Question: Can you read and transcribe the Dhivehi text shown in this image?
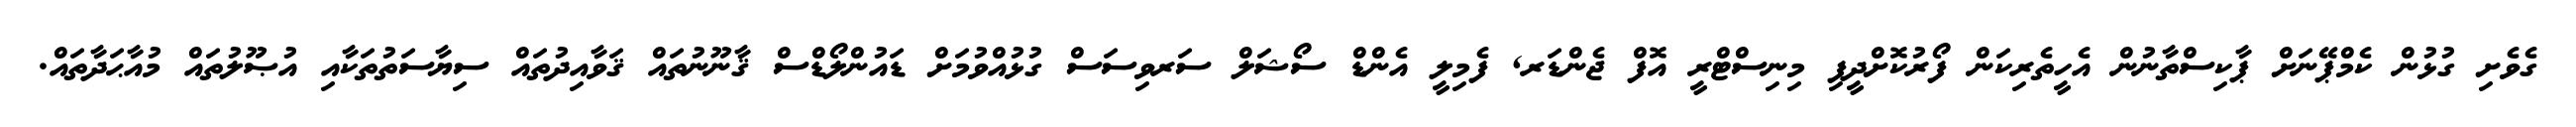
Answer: ގެވެށި ގުޅުން ކެމްޕޭނަށް ޕާކިސްތާނުން އެހީތެރިކަން ފޯރުކޮށްދީފި މިނިސްޓްރީ އޮފް ޖެންޑަރ, ފެމިލީ އެންޑް ސޯޝަލް ސަރވިސަސް ގުޅުއްވުމަށް ޑައުންލޯޑްސް ޤާނޫނުތައް ޤަވާއިދުތައް ސިޔާސަތުތަކާއި އުޞޫލުތައް މުއާޙަދާތައް.